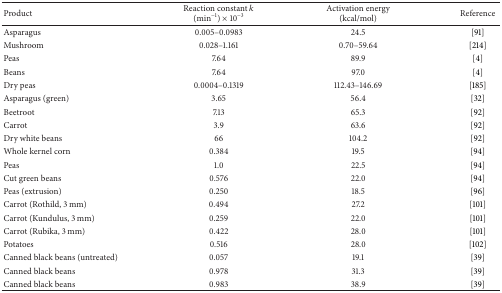
<table><thead><tr><td><b>Product</b></td><td><b>Reaction constant <i>k</i> (min<sup>−1</sup>) × 10<sup>−3</sup></b></td><td><b>Activation energy (kcal/mol)</b></td><td><b>Reference</b></td></tr></thead><tbody><tr><td>Asparagus</td><td>0.005–0.0983</td><td>24.5</td><td> [91]</td></tr><tr><td>Mushroom</td><td>0.028–1.161</td><td>0.70–59.64</td><td> [214]</td></tr><tr><td>Peas</td><td>7.64</td><td>89.9</td><td> [4]</td></tr><tr><td>Beans</td><td>7.64</td><td>97.0</td><td> [4]</td></tr><tr><td>Dry peas</td><td>0.0004–0.1319</td><td>112.43–146.69</td><td> [185]</td></tr><tr><td>Asparagus (green)</td><td>3.65</td><td>56.4</td><td> [32]</td></tr><tr><td>Beetroot</td><td>7.13</td><td>65.3</td><td> [92]</td></tr><tr><td>Carrot</td><td>3.9</td><td>63.6</td><td> [92]</td></tr><tr><td>Dry white beans</td><td>66</td><td>104.2</td><td> [92] </td></tr><tr><td>Whole kernel corn</td><td>0.384</td><td>19.5</td><td> [94]</td></tr><tr><td>Peas</td><td>1.0</td><td>22.5</td><td> [94]</td></tr><tr><td>Cut green beans</td><td>0.576</td><td>22.0</td><td> [94]</td></tr><tr><td>Peas (extrusion)</td><td>0.250</td><td>18.5</td><td> [96]</td></tr><tr><td>Carrot (Rothild, 3 mm)</td><td>0.494</td><td>27.2</td><td> [101]</td></tr><tr><td>Carrot (Kundulus, 3 mm)</td><td>0.259</td><td>22.0</td><td>[101]</td></tr><tr><td>Carrot (Rubika, 3 mm)</td><td>0.422</td><td>28.0</td><td>[101]</td></tr><tr><td>Potatoes</td><td>0.516</td><td>28.0</td><td> [102]</td></tr><tr><td>Canned black beans (untreated)</td><td>0.057</td><td>19.1</td><td> [39]</td></tr><tr><td>Canned black beans </td><td>0.978</td><td>31.3</td><td> [39]</td></tr><tr><td>Canned black beans</td><td>0.983</td><td>38.9</td><td> [39]</td></tr></tbody></table>